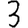
Digit: 3